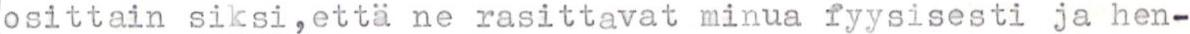
osittain siksi,että ne rasittavat minua fyysisesti ja hen-